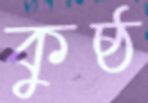
কুষ্ঠ